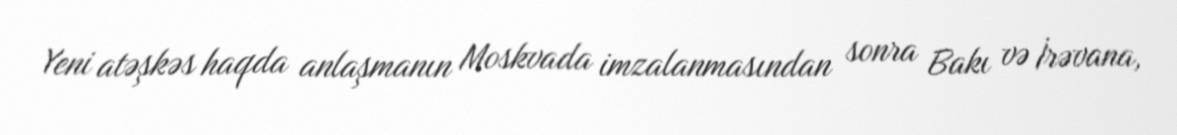
Yeni atəşkəs haqda anlaşmanın Moskvada imzalanmasından sonra Bakı və İrəvana,